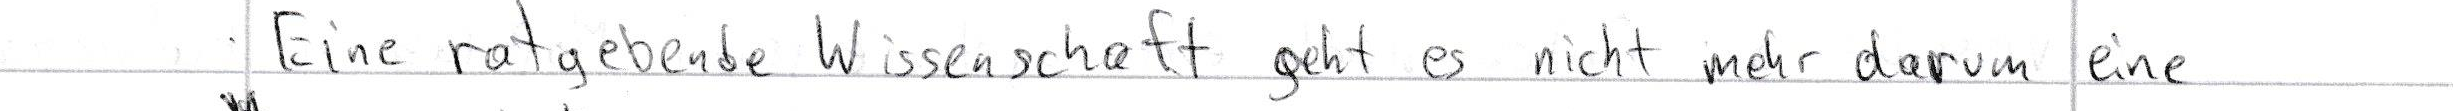
Eine ratgebende Wissenschaft geht es nicht mehr darum eine